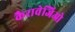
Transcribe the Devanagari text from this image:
कैरावेजिओ